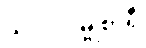
သလိလမ္ဗုစာရီ